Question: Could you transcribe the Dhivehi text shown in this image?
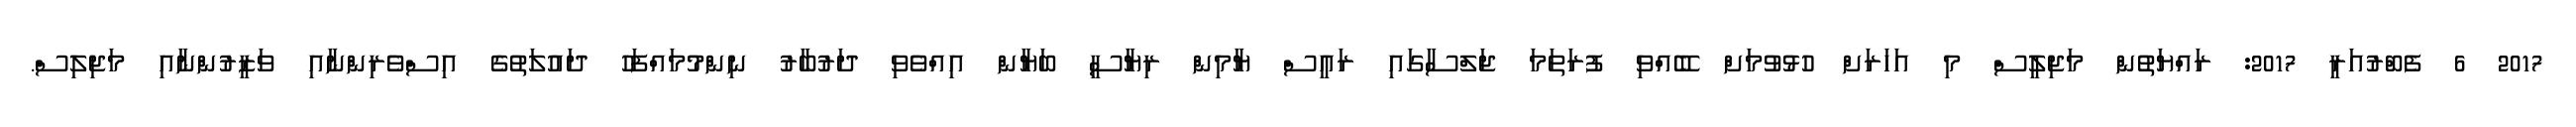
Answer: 2017 6 ފެބްރުއަރީ 2017: ރައްޔަތުން މަޖިލީސް މި އަހަރަށް ހުޅުވުމަށް ބޭއްވި ފުރަތަމަ ޖަލްސާގައި ރައީސް ޔާމިން ރިޔާސީ ބަޔާން އިއްވެވި ދަރުބާރު ނިންމުމައްފަހު ދައުލަތުގެ އިސްވެރިންނާއި ވަޒީރުންނާއި މަޖިލިސް.